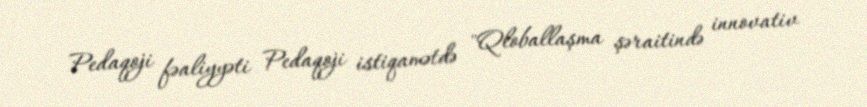
Pedaqoji fəaliyyəti Pedaqoji istiqamətdə "Qloballaşma şəraitində innovativ